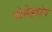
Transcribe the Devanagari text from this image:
पोसेइडोन